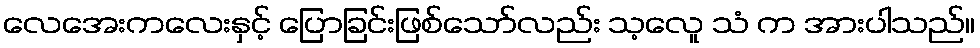
လေအေးကလေးနှင့် ပြောခြင်းဖြစ်သော်လည်း သ့လေူ သံ က အားပါသည်။